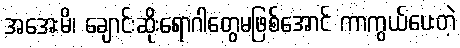
အအေးမိ၊ ချောင်းဆိုးရောဂါတွေမဖြစ်အောင် ကာကွယ်ပေးတဲ့